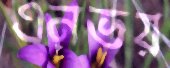
এনভয়